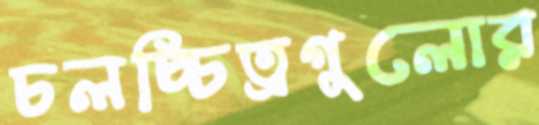
চলচ্চিত্রগুলোর